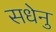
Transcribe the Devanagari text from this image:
सधेनु